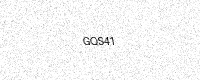
Text: GQS41